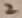
Text: 2